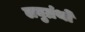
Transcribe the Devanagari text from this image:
लघुग्रंथों